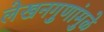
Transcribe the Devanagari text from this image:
लेखनगुणांमुळे